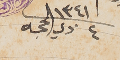
١٣٤١ 	٤	ذي الحجه